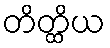
တိတ္ထိယ